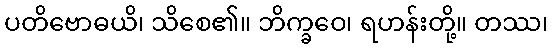
ပတိဗောဓယိ၊ သိစေ၏။ ဘိက္ခဝေ၊ ရဟန်းတို့။ တဿ၊